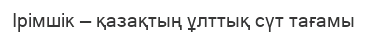
Ірімшік — қазақтың ұлттық сүт тағамы